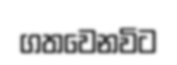
ගතවෙනවිට